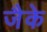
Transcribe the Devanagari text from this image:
जैके